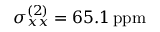
\sigma _ { x x } ^ { ( 2 ) } = 6 5 . 1 \mathrm { \, p p m }